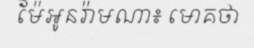
ម៉ែអូនរ៉ាមណា៖ មោគថា